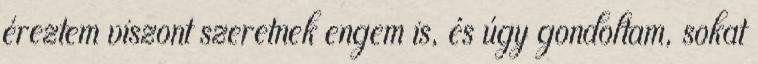
éreztem viszont szeretnek engem is, és úgy gondoltam, sokat